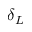
\delta _ { L }